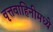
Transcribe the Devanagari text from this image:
वृत्तवाहिनीमध्ये